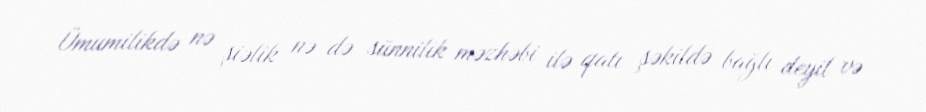
Ümumilikdə nə şiəlik nə də sünnilik məzhəbi ilə qatı şəkildə bağlı deyil və